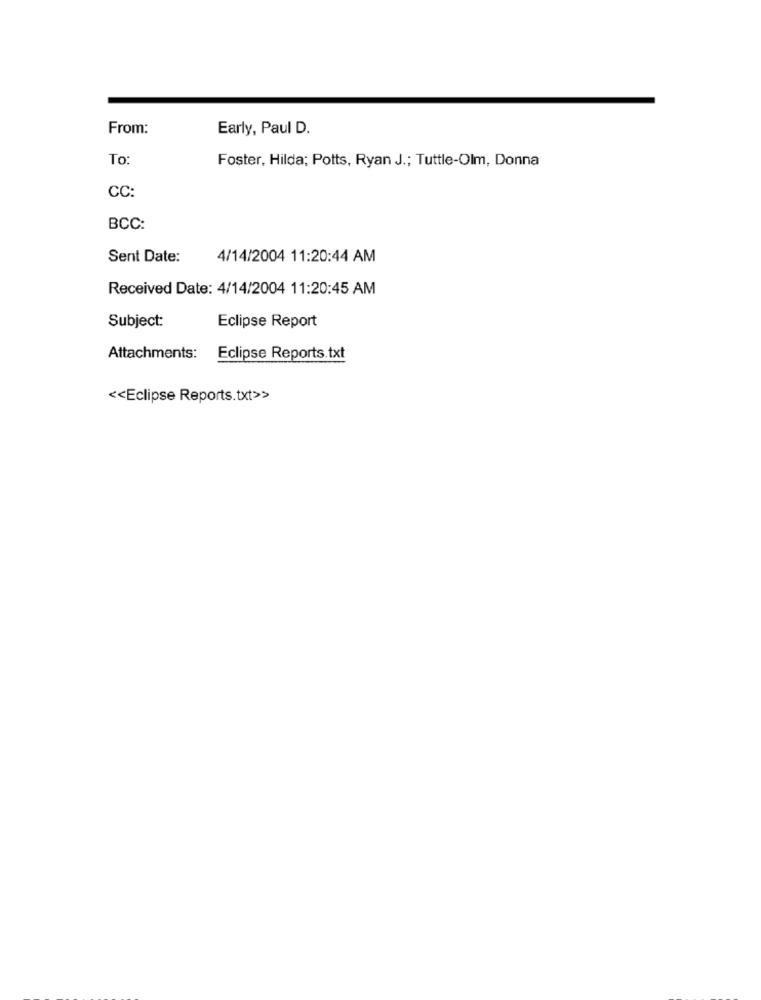
From:
Early, Paul D.
To
Foster, Hilda; Potts, Ryan J .; Tuttle-Olm, Donna
CC:
BCC:
Sent Date:
4/14/2004 11:20:44 AM
Received Date: 4/14/2004 11:20:45 AM
Eclipse Report
Subject:
Attachments: Eclipse Reports.txt
<< Eclipse Reports.txt>>